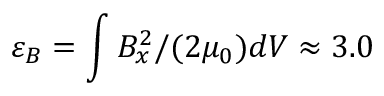
\varepsilon _ { B } = \int B _ { x } ^ { 2 } / ( 2 \mu _ { 0 } ) d V \approx 3 . 0